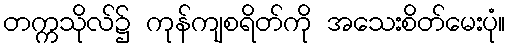
တက္ကသိုလ်၌ ကုန်ကျစရိတ်ကို အသေးစိတ်မေးပုံ။